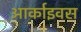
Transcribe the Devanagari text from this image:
आर्काइवस